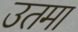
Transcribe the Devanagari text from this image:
उतमा